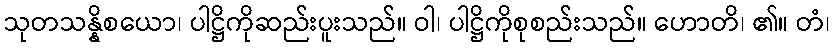
သုတသန္နိစယော၊ ပါဋ္ဌိကိုဆည်းပူးသည်။ ဝါ၊ ပါဋ္ဌိကိုစုစည်းသည်။ ဟောတိ၊ ၏။ တံ၊